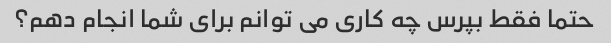
حتما فقط بپرس چه کاری می توانم برای شما انجام دهم؟